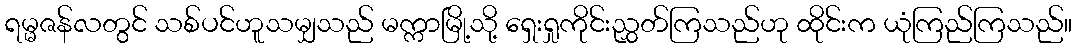
ရမ္မဇန်လတွင် သစ်ပင်ဟူသမျှသည် မက္ကာမြို့သို့ ရှေးရှုကိုင်းညွှတ်ကြသည်ဟု ထိုင်းက ယုံကြည်ကြသည်။